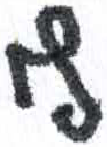
אות: ף